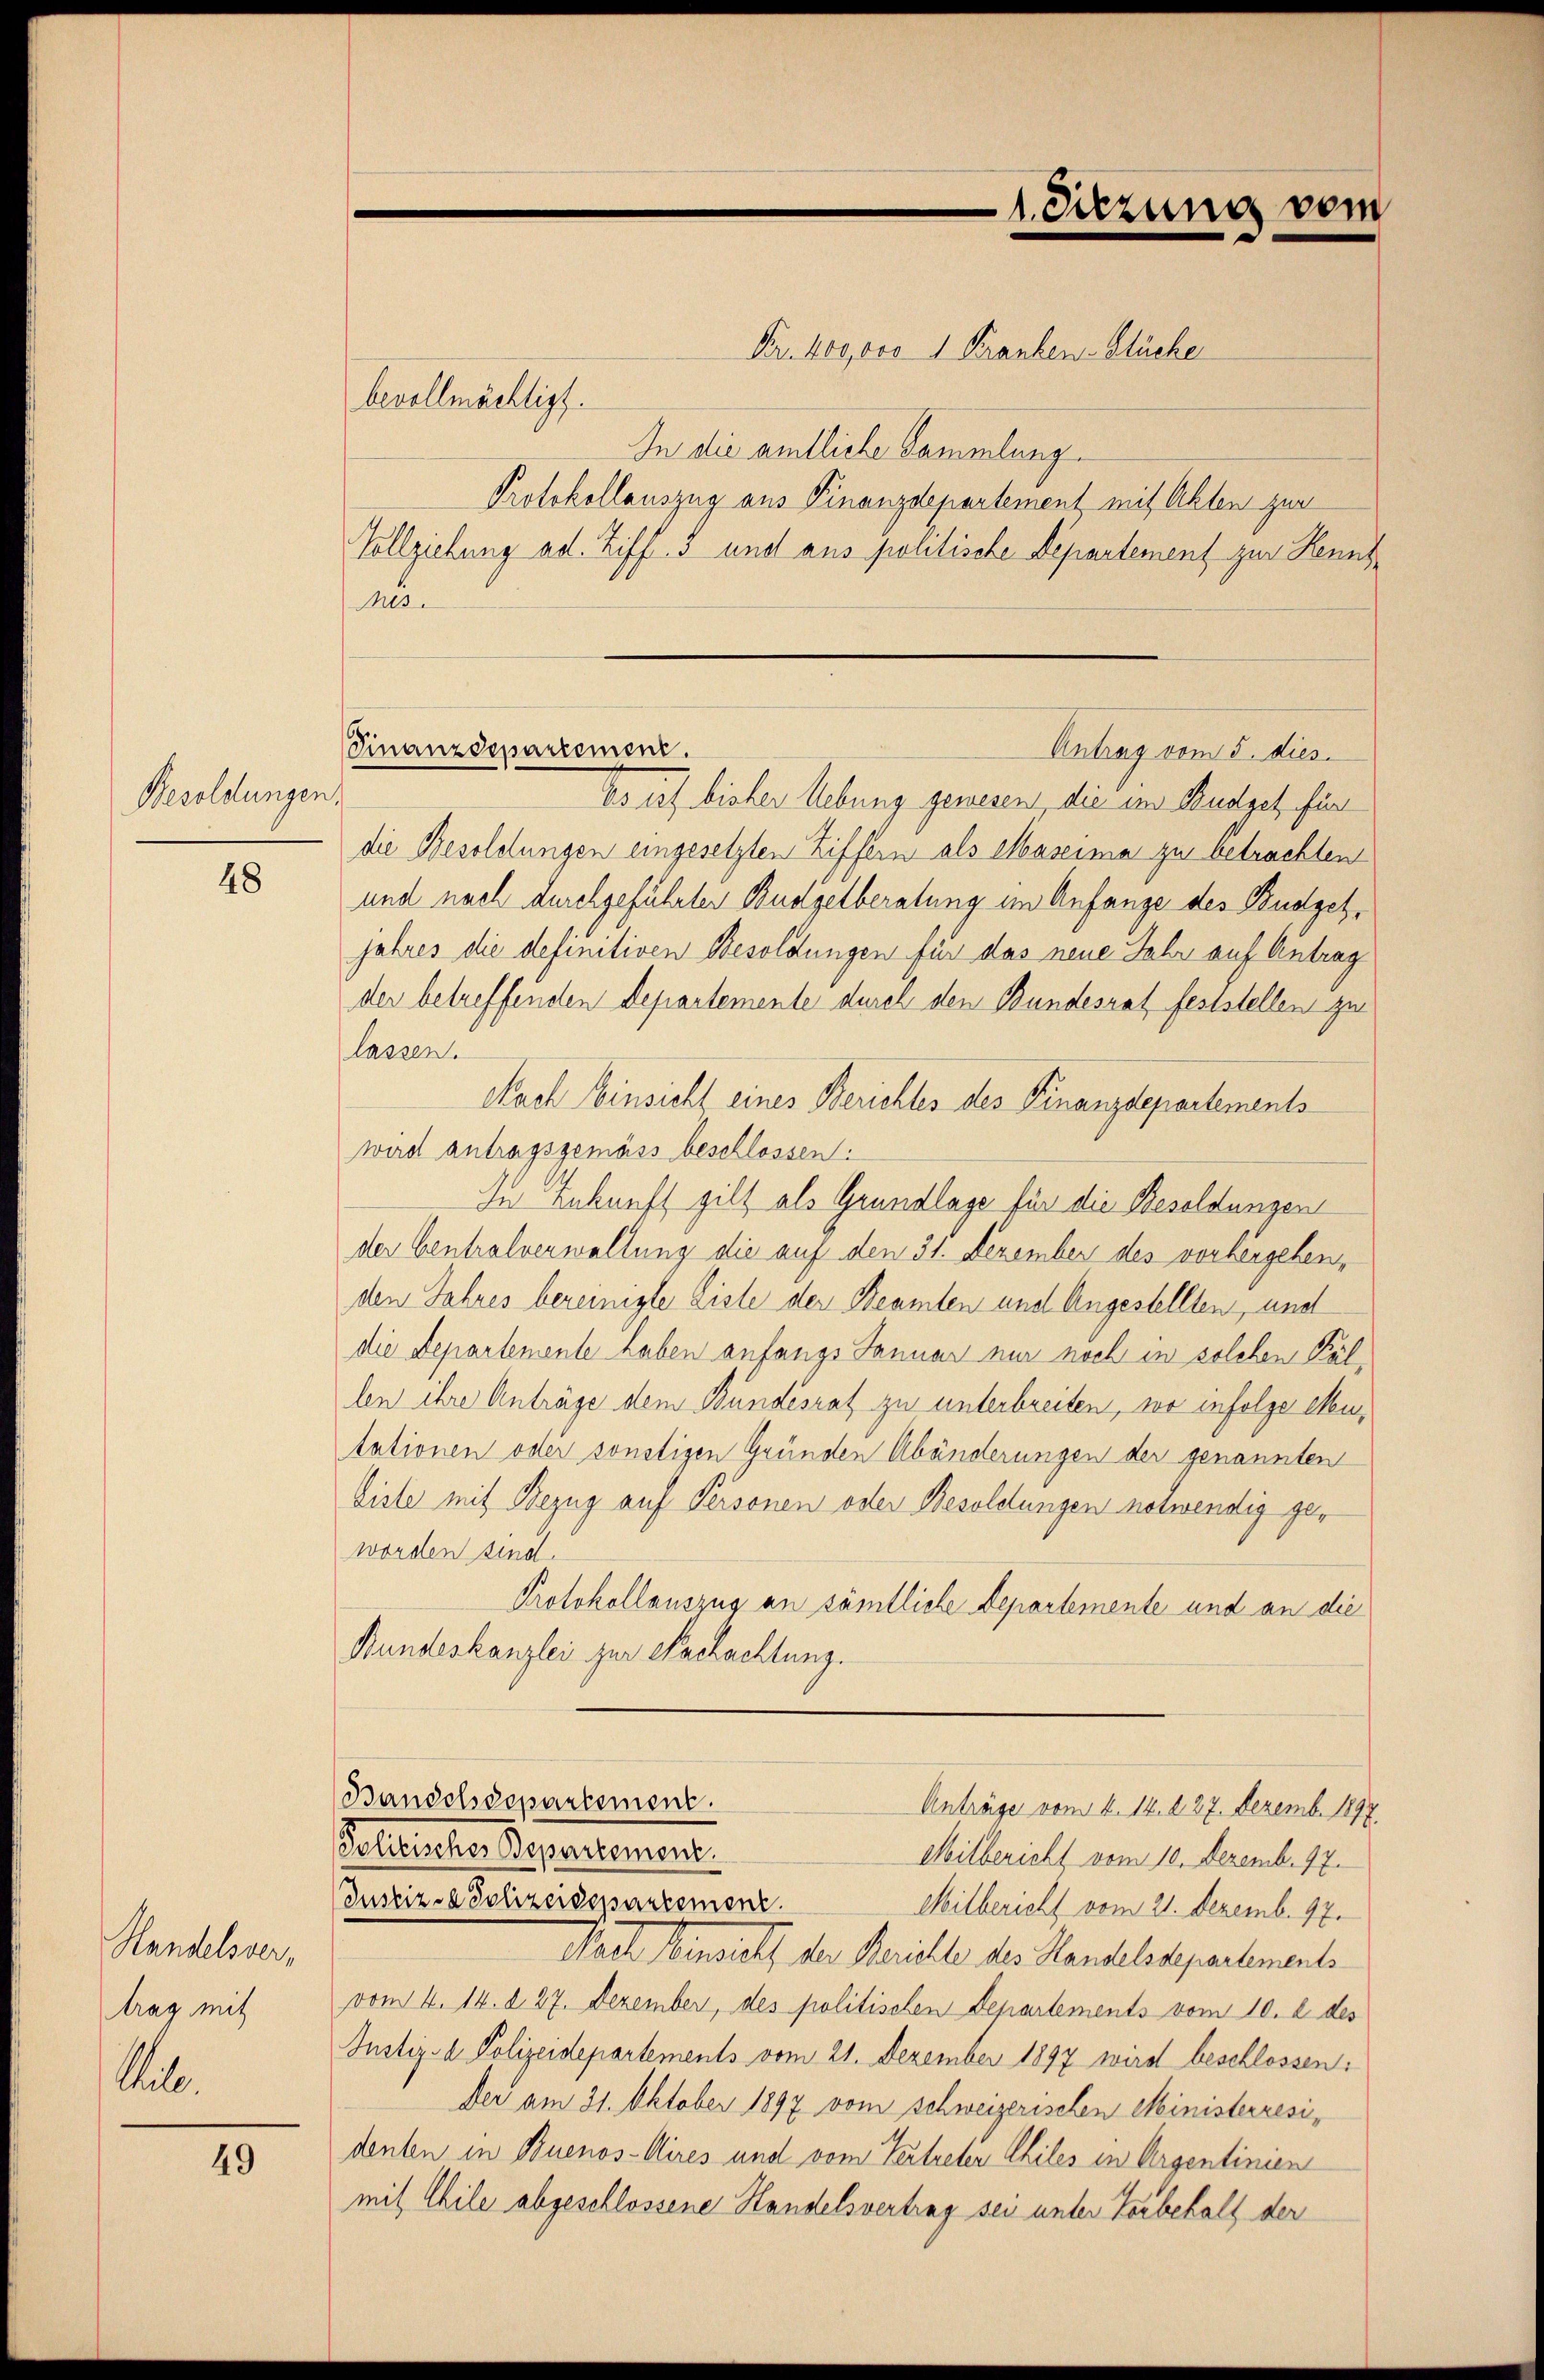
Besoldungen.

48

Handelsver,
trag mit
Sull.

49

Fr. 400,000 1 Kranken- Stücke
bevollmächtigt.
In die amtliche Sammlung.
Protokollauszug aus Finanzdepartement mit Akten zur
Vollziehung ad. Ziff. 3 und aus politische Departement zur Kennt¬
Mes.
Es ist bisher Uebung gewesen, die im Budget, für
die Besoldungen eingesetzten Ziffern als Mascima zu betrachten
und nach durchgeführter Budgetberatung im Anfange des Budgetjahres die definitiven Besoldungen für das neue Jahr auf Antrag
der betreffenden Departemente durch den Bundesrat feststellen zu
lassen.
Nach Einsicht eines Berichtes des Finanzdepartements
wird antragsgemäss beschlossen:
In Ankunft gilt als Grundlage für die Besoldungen
der Centralverwaltung die auf den 31. Dezember des vorhergehen,
den Jahres bereinigte Liste der Beamten und Angestellten, und
die Departemente haben anfangs Januar nur noch in solchen Fällen ihre Anträge dem Bundesrat zu unterbreiten, wo infolge eitationen oder sonstigen Gründen Abänderungen der genannten
biste mit Bezug auf Personen oder Besoldungen notwendig geworden sind.
Protokollauszug an sämtliche Departemente und an die
Bundeskanzlei zur Nachachtung.
Bandelsdepartement.
Anträge vom 4. 14. d. 27. Dezemb. 1897
Politischer Bepartemons.
Milbericht vom 10. Dezemb. 17.
Justiz-Polizeidepartement.
Milbericht vom 21. Dezemb. 97.
Nach Einsuff der Berichte des Handelssepartemente
vom 4. 14. d. 27. Dezember, des politischen Departements vom 10. d. des
Justiz- & Polizeidepartements vom 21. Dezember 1897 wird beschlossen:
Der am 31. Oktober 1897 vom schweizerischen Ministerresidenten in Buenos-Aires und vom Vertreten Chiles in Argentinien
mit Chile abgeschlossene Handelsvertrag sei unter Vorbehalt der

1. Sitzung vom

Finanzdepartement.
Antrag vom 5. dies